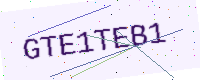
Text: GTE1TEB1